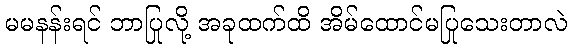
မမနန်းရင် ဘာပြုလို့ အခုထက်ထိ အိမ်ထောင်မပြုသေးတာလဲ